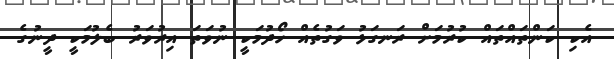
އެކި ކަންތައްތައް ކުރުމަށް ރަނގަޅު ވަގުތެއް ހޯދުމަކީ ނުވަތަ އިރުވަރު ބެލުމަކީ ދީނުގެ